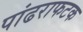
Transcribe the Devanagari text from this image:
पांढराफटक